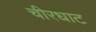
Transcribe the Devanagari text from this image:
चीरधाट